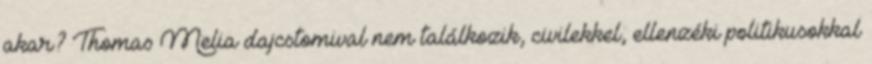
akar? Thomas Melia dajcstomival nem találkozik, civilekkel, ellenzéki politikusokkal